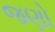
જણો